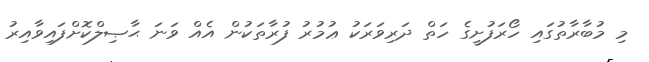
މި މުބާރާތުގައި ހޯރަފުށީގެ ހަތް ދަރިވަރަކު ޢުމުރު ފުރާތަކުން އެއް ވަނަ ޙާޞިލްކޮށްފައިވާއިރު